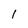
Character: l